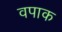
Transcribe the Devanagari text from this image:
वपाक